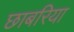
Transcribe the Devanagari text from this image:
छाबरिया